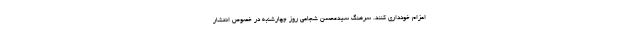
اعزام خودداری کنند. سرهنگ سیدمحسن شجاعی روز چهارشنبه در خصوص انتشار